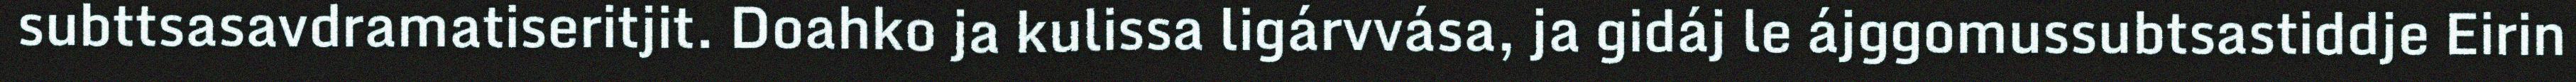
subttsasavdramatiseritjit. Doahko ja kulissa ligárvvása, ja gidáj le ájggomussubtsastiddje Eirin